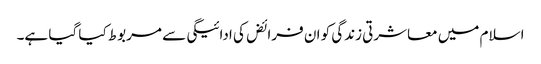
اسلام میں معاشرتی زندگی کو ان فرائض کی ادائیگی سے مربوط کیا گیا ہے۔